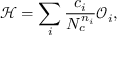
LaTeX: { \mathcal H } = \sum _ { i } \frac { c _ { i } } { N _ { c } ^ { n _ { i } } } { \mathcal O } _ { i } ,